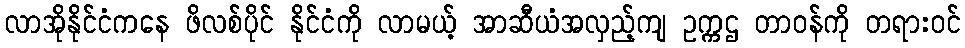
လာအိုနိုင်ငံကနေ ဖိလစ်ပိုင် နိုင်ငံကို လာမယ့် အာဆီယံအလှည့်ကျ ဥက္ကဌ တာဝန်ကို တရားဝင်